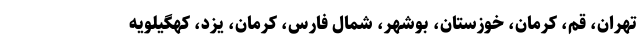
تهران، قم، کرمان، خوزستان، بوشهر، شمال فارس، کرمان، یزد، کهگیلویه